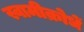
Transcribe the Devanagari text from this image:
स्वामीक्रोधें